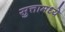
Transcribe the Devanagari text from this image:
सुत्तामध्ये